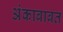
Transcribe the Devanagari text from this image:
अंकाबाबत